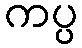
ကပ္ပ